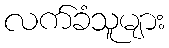
လက်ခံသူများ